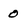
Character: o